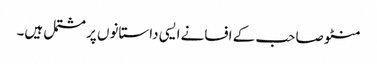
منٹو صاحب کے افسانے ایسی داستانوں پر مشتمل ہیں۔